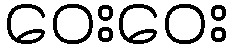
ဝေးဝေး